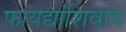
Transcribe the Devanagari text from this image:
फायद्यांशिवाय